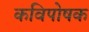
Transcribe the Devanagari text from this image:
कविपोषक